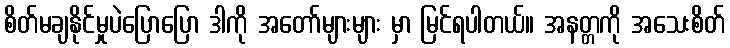
စိတ်မချနိုင်မှုပဲပြောပြော ဒါကို အတော်များများ မှာ မြင်ရပါတယ်။ အနတ္တကို အသေးစိတ်